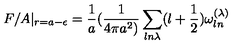
F / A | _ { r = a - \epsilon } = { \frac { 1 } { a } } ( { \frac { 1 } { 4 \pi a ^ { 2 } ) } } \sum _ { l n \lambda } ( l + { \frac { 1 } { 2 } } ) \omega _ { l n } ^ { ( \lambda ) }